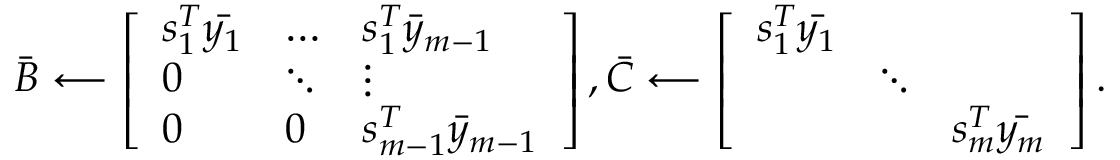
\bar { B } \longleftarrow \left[ \begin{array} { l l l } { s _ { 1 } ^ { T } \bar { y _ { 1 } } } & { \dots } & { s _ { 1 } ^ { T } \bar { y } _ { m - 1 } } \\ { 0 } & { \ddots } & { \vdots } \\ { 0 } & { 0 } & { s _ { m - 1 } ^ { T } \bar { y } _ { m - 1 } } \end{array} \right] , \bar { C } \longleftarrow \left[ \begin{array} { l l l } { { s _ { 1 } ^ { T } \bar { y _ { 1 } } } } & & \\ & { \ddots } & \\ & & { { s _ { m } ^ { T } } \bar { y _ { m } } } \end{array} \right] .